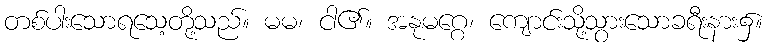
တစ်ပါးသောရသေ့တို့သည်။ မမ၊ ငါ၏။ အနုမဂ္ဂေ၊ ကျောင်းသို့သွားသောခရီးနား၌။